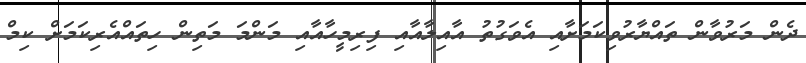
ދެން މަރުވާން ތައްޔާރުވިކަމަށާއި އެވަގުތު އާއިލާއާއި ފިރިމީހާއާއި މަންމަ މަތިން ހިތައްއެރިކަމަށް ކިމް